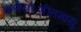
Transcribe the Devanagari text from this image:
कर्णयोःशीतमायु